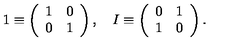
1 \equiv \left( \begin{array} { c c } { 1 } & { 0 } \\ { 0 } & { 1 } \\ \end{array} \right) , \quad I \equiv \left( \begin{array} { c c } { 0 } & { 1 } \\ { 1 } & { 0 } \\ \end{array} \right) .